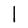
Character: l